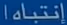
إنتباه